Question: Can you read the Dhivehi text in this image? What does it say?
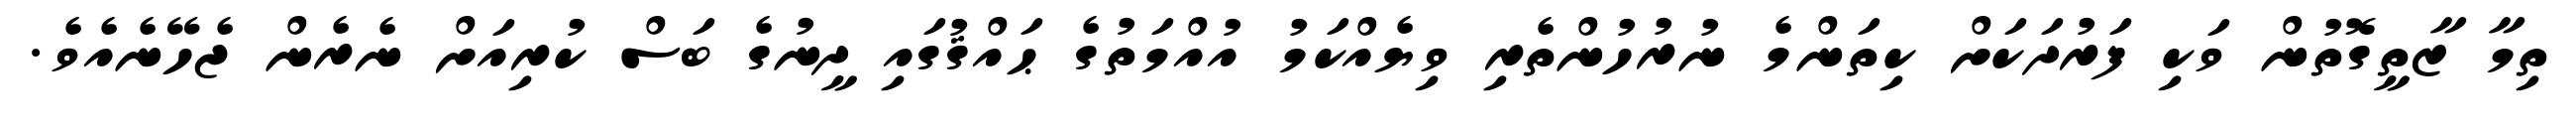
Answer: ތިމާ ޒާތީގޮތުން ވަކި ފަރުދަކަށް ކިތަންމެ ނުރުހުންތެރި ވިޔެއްކަމު އުއްމަތުގެ ޙައްޤުގައި ދީނުގެ ބަސް ކުރިއަށް ނެރެން ޖެހޭނެއެވެ.